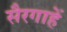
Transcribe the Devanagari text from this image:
सैरगाहें